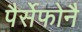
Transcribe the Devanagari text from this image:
पैर्सेफोनै